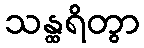
သန္ထရိတွာ